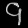
Digit: ၄